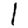
Digit: 1